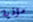
مؤذية